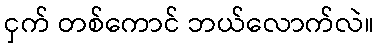
ငှက် တစ်ကောင် ဘယ်လောက်လဲ။